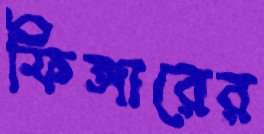
ফিঙ্গারের